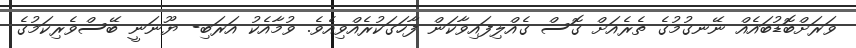
ވަރަށްބޮޑުބައެއް ނޭނގުމުގެ ތެރެއަށް ގޮސް ގެއްލިފައިވާކަން ފާހަގަކުރެއްވިއެވެ. ވުމާއެކު އަރަބި- ޔޫނަނީ ބޭސްވެރިކަމުގެ